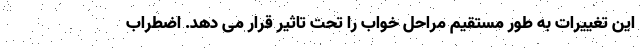
این تغییرات به طور مستقیم مراحل خواب را تحت تاثیر قرار می دهد. اضطراب